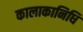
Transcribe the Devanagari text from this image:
कालाकानिधि